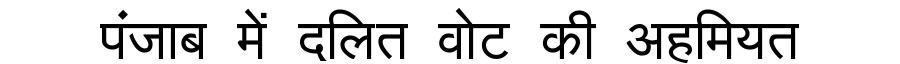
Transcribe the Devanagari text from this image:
पंजाब में दलित वोट की अहमियत